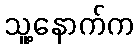
သူ့နောက်က